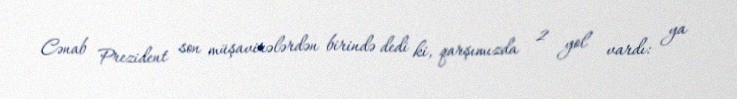
Cənab Prezident son müşavirələrdən birində dedi ki, qarşımızda 2 yol vardı: ya